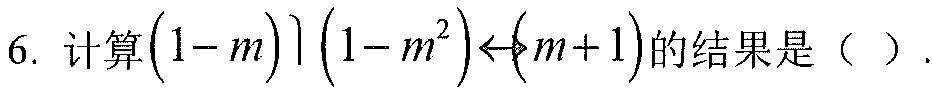
6. 计算\((1 - m)\left(1 - m^{2}\right)\div(m + 1)\)的结果是（ ）.